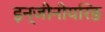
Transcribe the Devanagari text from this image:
इन्जीनीयरिङ